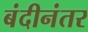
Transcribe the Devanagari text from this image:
बंदीनंतर